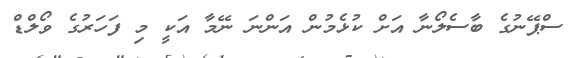
ސްޕޭނުގެ ބާސެލޯނާ އަށް ކުޅެމުން އަންނަ ނޭމާ އަކީ މި ފަހަރުގެ ވޯލްޑް